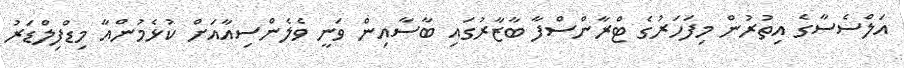
އަލްސެސާގެ އިތުރުން މިފަހަރުގެ ޓްރާންސްފާ ބާޒާރުގައި ބާސާއިން ވަނީ ވެލެންސިއާއަށް ކުޅެމުންއާ މިޑްފިލްޑަރު